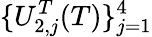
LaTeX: \{ U_{2,j}^{T}(T)\} _{j=1}^{4}